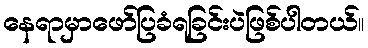
နေရာမှာဖော်ပြခံရခြင်းပဲဖြစ်ပါတယ်။